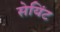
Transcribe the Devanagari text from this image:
सेयिंट